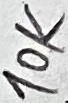
Text: 10K